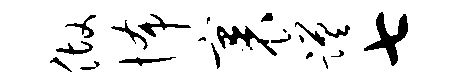
做怖裹蹉七